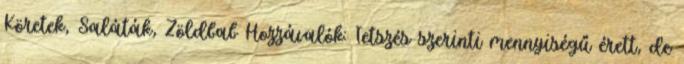
Köretek, Saláták, Zöldbab Hozzávalók: Tetszés szerinti mennyiségű érett, de